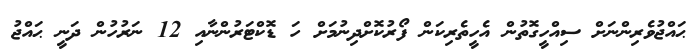
ޙައްޖުވެރިންނަށް ސިއްހީގޮތުން އެހީތެރިކަން ފޯރުކޮށްދިނުމަށް ހަ ޑޮކްޓަރުންނާއި 12 ނަރުހުން ދަނީ ޙައްޖު